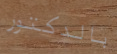
بالدكتور